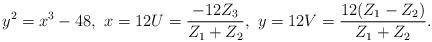
LaTeX: \begin{align*}y^2=x^3-48,\ x=12U=\frac{-12Z_3}{Z_1+Z_2},\ y=12V=\frac{12(Z_1-Z_2)}{Z_1+Z_2}.\end{align*}